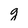
Character: g